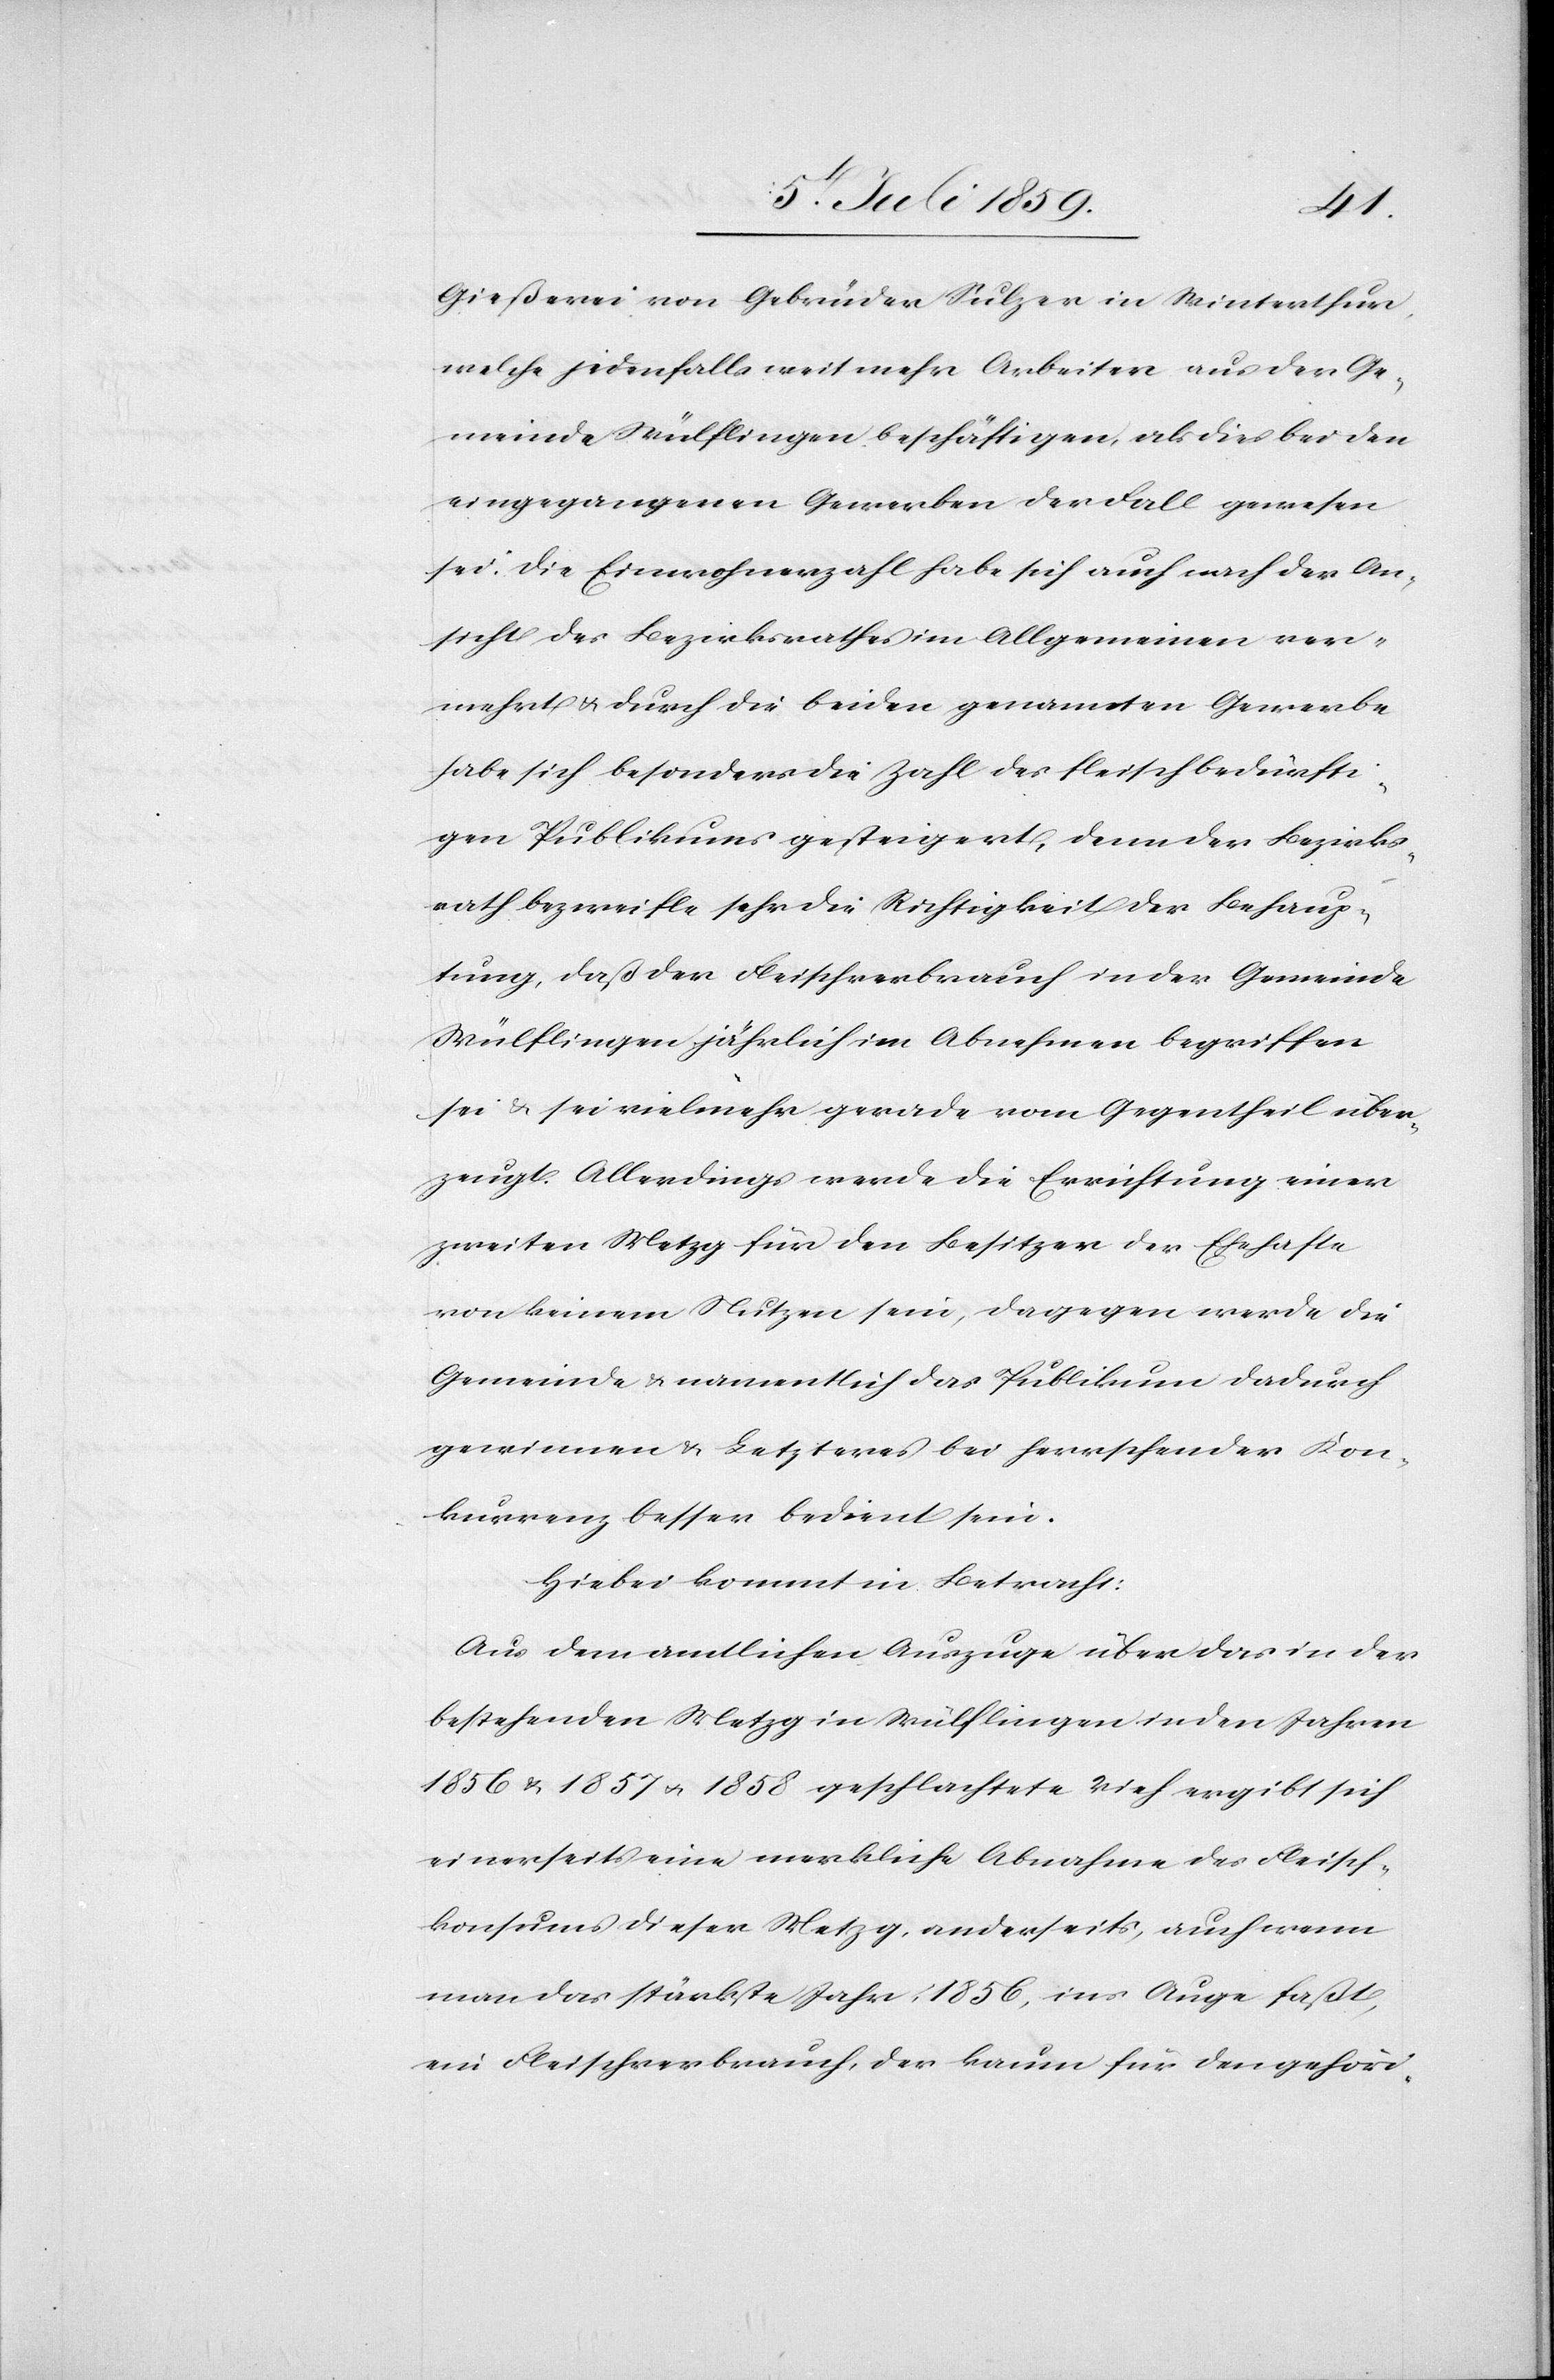
Gießerei von Gebrüder Sulzer in Winterthur,
welche jedenfalls weit mehr Arbeiter aus der Ge¬
meinde Wülflingen beschäftigen, als dies bei den
eingegangenen Gewerben der Fall gewesen
sei. Die Einwohnerzahl habe sich auch nach der An¬
sicht des Bezirksrathes im Allgemeinen ver¬
mehrt u. durch die beiden genannten Gewerbe
habe sich besonders die Zahl des fleischbedürfti¬
gen Publikums gesteigert, denn der Bezirks¬
rath bezweifle sehr die Richtigkeit der Behaup¬
tung, daß der Fleischverbrauch in der Gemeinde
Wülflingen jährlich im Abnehmen begriffen
sie u. sei vielmehr gerade vom Gegentheil über¬
zeugt. Allerdings werde die Errichtung einer
zweiten Metzg für den Besitzer der Ehehafte
von keinem Nutzen sein, dagegen werde die
Gemeinde u. namentlich das Publikum dadurch
gewinnen u. Letzteres bei herrschender Kon¬
kurrenz besser bedient sein.
Hiebei kommt in Betracht:
Aus dem amtlichen Auszuge über das in der
bestehenden Metzg in Wülflingen in den Jahren
1856 u. 1857 u. 1858 geschlachtete Vieh ergibt sich
einerseits eine merkliche Abnahme des Fleisch¬
konsums dieser Metzg, anderseits, auch wenn
man das stärkste Jahr, 1856, ins Auge faßt,
ein Fleischverbrauch, der kaum für den gehöri-